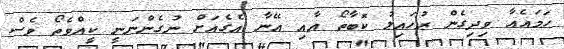
ހަމައެއާ ވިދިގެން ރުހައިލު ކޮބާތޯ އާއި އޭނާ އެގެއަށް ނުގެންނަނީ ކީއްވެތޯ ވެސް